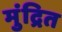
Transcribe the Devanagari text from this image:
मुंद्रित